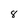
Character: 8